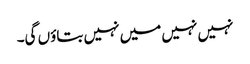
نہیں نہیں میں نہیں بتاؤں گی۔